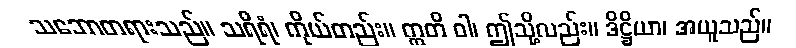
သဘောတရားသည်။ သရီရံ၊ ကိုယ်တည်း။ ဣတိ ဝါ၊ ဤသို့လည်း။ ဒိဋ္ဌိယာ၊ အယူသည်။